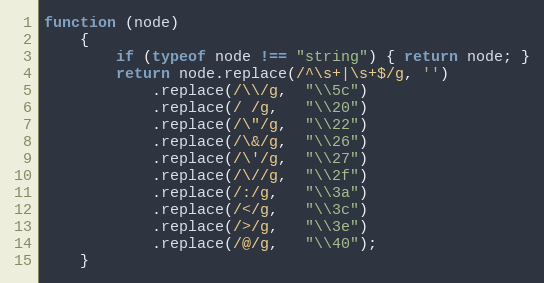
Language: JavaScript
function (node)
    {
        if (typeof node !== "string") { return node; }
        return node.replace(/^\s+|\s+$/g, '')
            .replace(/\\/g,  "\\5c")
            .replace(/ /g,   "\\20")
            .replace(/\"/g,  "\\22")
            .replace(/\&/g,  "\\26")
            .replace(/\'/g,  "\\27")
            .replace(/\//g,  "\\2f")
            .replace(/:/g,   "\\3a")
            .replace(/</g,   "\\3c")
            .replace(/>/g,   "\\3e")
            .replace(/@/g,   "\\40");
    }